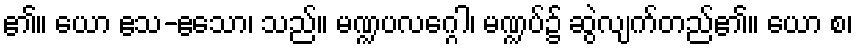
၏။ ယော ဧသ-ဧသော၊ သည်။ မဏ္ဍပလဂ္ဂေါ၊ မဏ္ဍပ်၌ ဆွဲလျက်တည်၏။ ယော စ၊